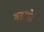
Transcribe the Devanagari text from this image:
बडाये।